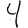
Digit: 4